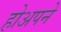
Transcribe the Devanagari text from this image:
होअपने